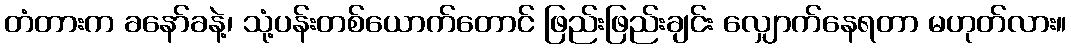
တံတားက ခနော်ခနဲ့၊ သုံ့ပန်းတစ်ယောက်တောင် ဖြည်းဖြည်းချင်း လျှောက်နေရတာ မဟုတ်လား။